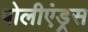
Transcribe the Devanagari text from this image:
पोलीएंड्रस